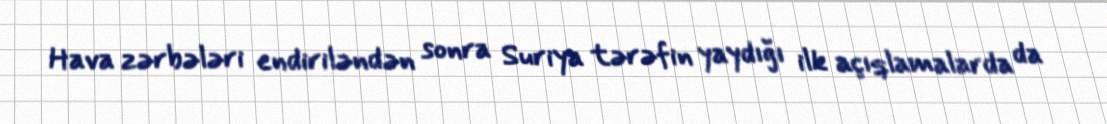
Hava zərbələri endiriləndən sonra Suriya tərəfin yaydığı ilk açıqlamalarda da